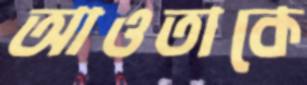
আওতাকে